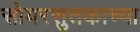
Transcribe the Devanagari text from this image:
सोयरसुतकाच्या